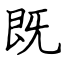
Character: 既